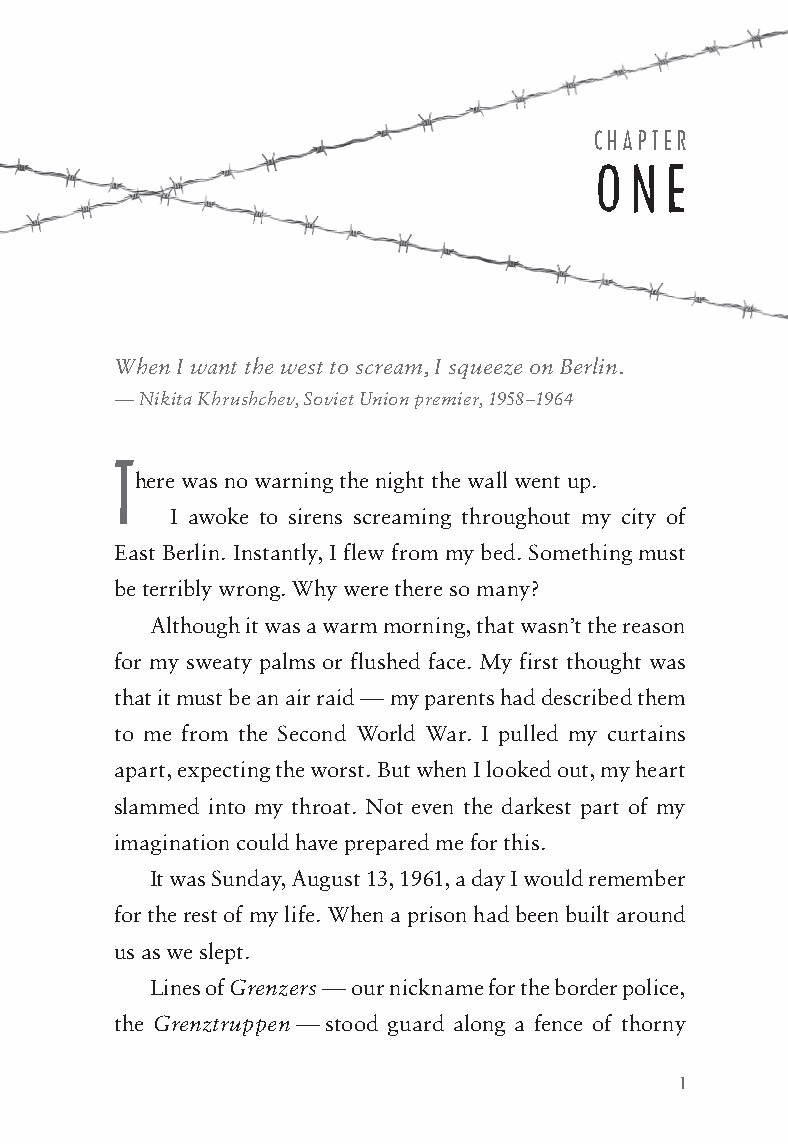
441615_Text_v1_Layout 1 5/11/15 4:41 PM Page 1
 CHAPTER
 O N  E
 When I want the west to scream, I squeeze on Berlin.
 — Nikita Khrushchev, Soviet Union premier, 1958–1964
 T
 here was no warning the night the wall went up.
 I awoke to sirens screaming throughout my city of
 East Berlin. Instantly, I flew from my bed. Something must
 be terribly wrong. Why were there so many?
 Although it was a warm morning, that wasn’t the reason
 for my sweaty palms or flushed face. My first thought was
 that it must be an air raid — my parents had described them
 to me from the Second World War. I pulled my curtains
 apart, expecting the worst. But when I looked out, my heart
 slammed into my throat. Not even the darkest part of my
 imagination could have prepared me for this.
 It was Sunday, August 13, 1961, a day I would remember
 for the rest of my life. When a prison had been built around
 us as we slept.
 Lines of Grenzers — our nickname for the border police,
 the Grenztruppen — stood guard along a fence of thorny
 1